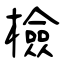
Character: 檢